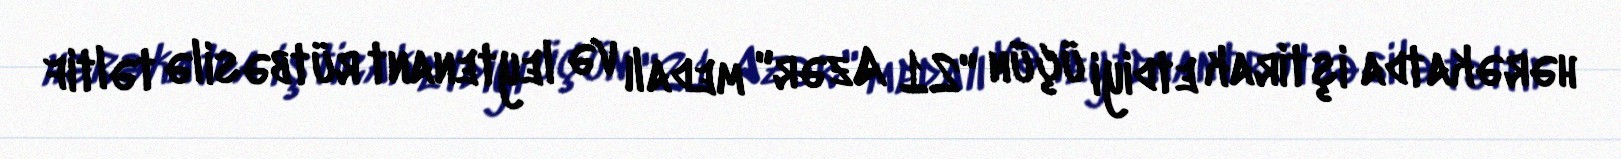
hərəkatda iştirak etdiyi üçün "21 Azər" medalı və leytenant rütbəsilə təltif